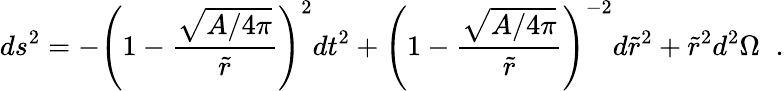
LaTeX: ds^{2}=-\left(1-{\frac{\sqrt{A/4\pi}}{\tilde{r}}}\right)^{2}dt^{2}+\left(1-{\frac{\sqrt{A/4\pi}}{\tilde{r}}}\right)^{-2}d\tilde{r}^{2}+\tilde{r}^{2}d^{2}\Omega\; \; .